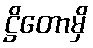
ဋ္ဌိတောမှိ